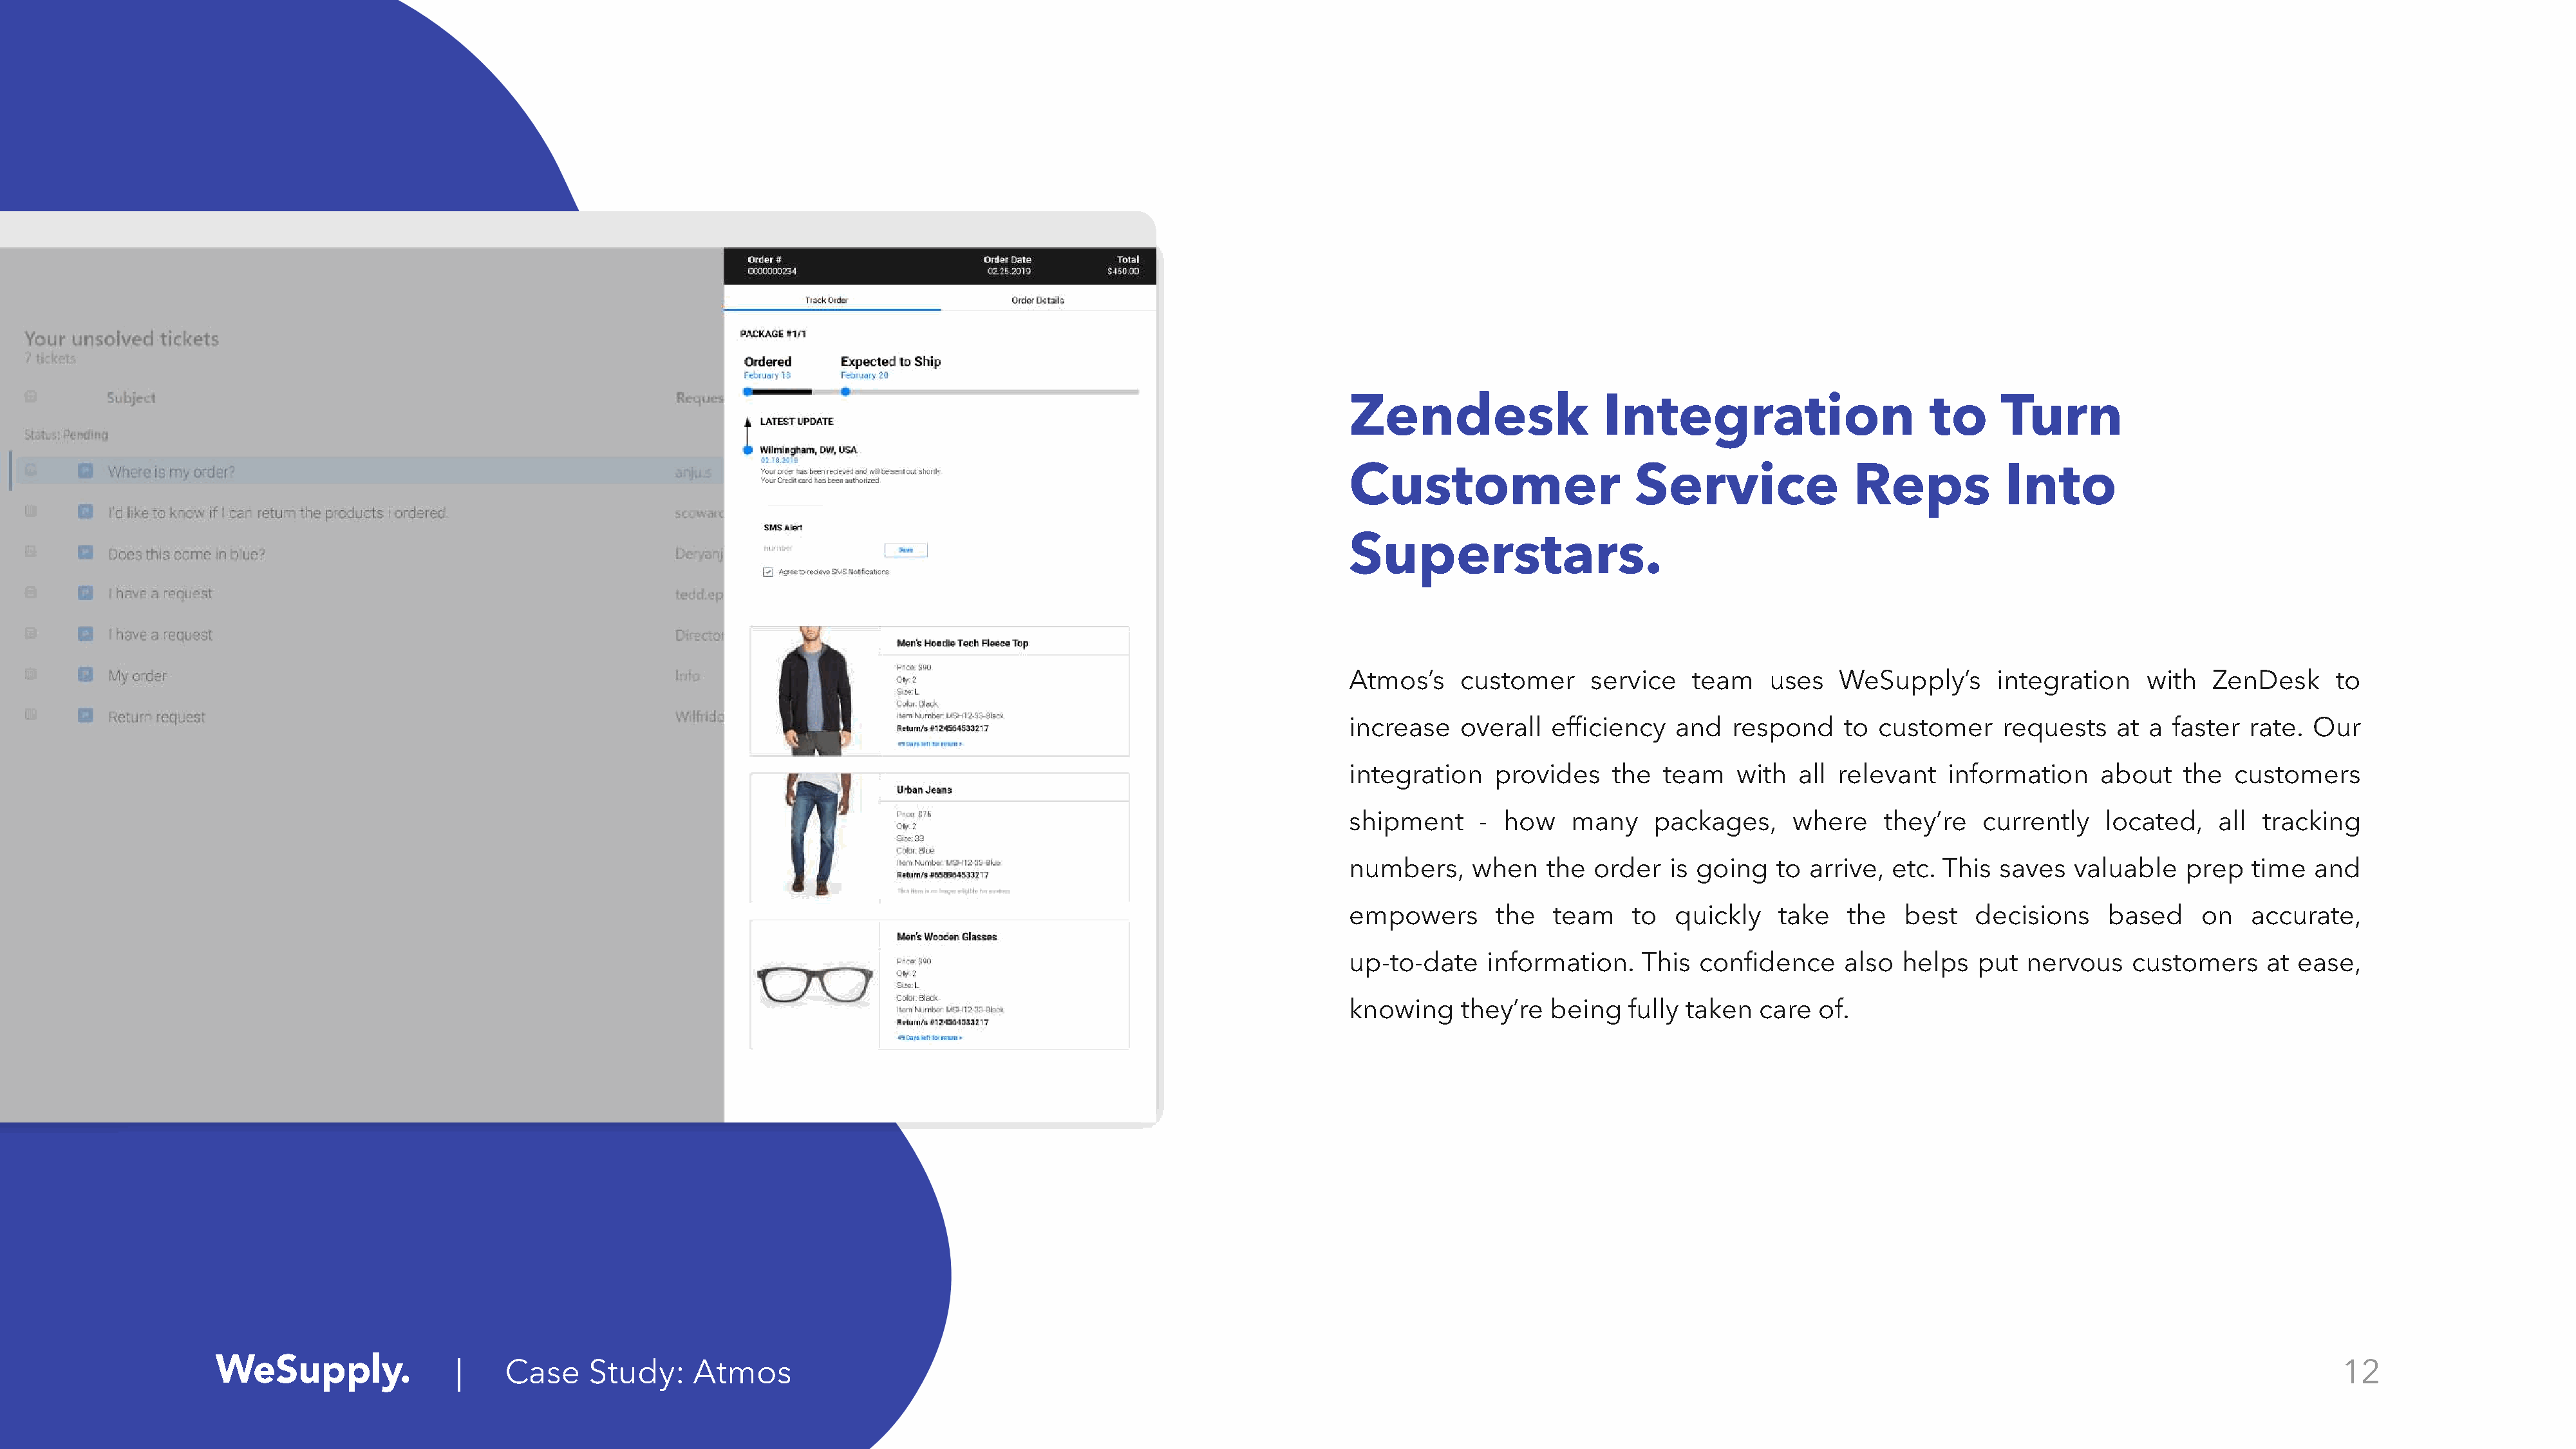
Zendesk                   Integration                      to      Turn
 Customer                     Service                Reps           Into
 Superstars.
 Atmos’s    customer      service   team    uses   WeSupply’s      integration     with   ZenDesk     to
 increase   overall   efficiency  and   respond     to customer     requests    at a faster  rate.  Our
 integration    provides    the  team    with  all relevant   information     about   the   customers
 shipment     -  how    many    packages,     where     they’re   currently   located,    all  tracking
 numbers,    when    the  order   is going   to arrive,  etc. This  saves  valuable    prep  time   and
 empowers       the   team    to  quickly    take   the   best   decisions     based    on   accurate,
 up-to-date    information.    This  confidence     also  helps  put  nervous    customers     at ease,
 knowing    they’re  being   fully taken   care  of.
 |    Case     Study:    Atmos                                                                                                                                                                     12